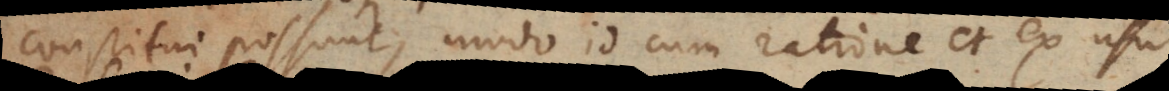
constitui possunt, modo id cum ratione et ex usu